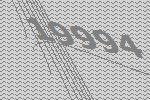
19994